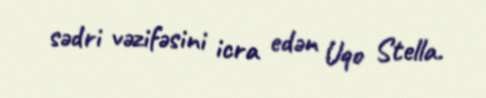
sədri vəzifəsini icra edən Uqo Stella.